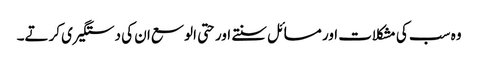
وہ سب کی مشکلات اور مسائل سنتے اور حتی الوسع ان کی دستگیری کرتے۔